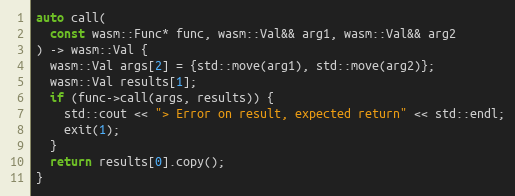
Language: C++
auto call(
  const wasm::Func* func, wasm::Val&& arg1, wasm::Val&& arg2
) -> wasm::Val {
  wasm::Val args[2] = {std::move(arg1), std::move(arg2)};
  wasm::Val results[1];
  if (func->call(args, results)) {
    std::cout << "> Error on result, expected return" << std::endl;
    exit(1);
  }
  return results[0].copy();
}